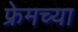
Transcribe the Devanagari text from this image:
फ्रेमच्या